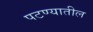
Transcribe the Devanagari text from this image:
पटण्यातील